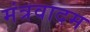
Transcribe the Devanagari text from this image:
मंत्रवादम